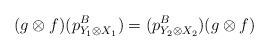
LaTeX: \begin{align*} (g \otimes f)(p^B_{Y_1 \otimes X_1}) = (p^B_{Y_2 \otimes X_2})(g \otimes f)\end{align*}